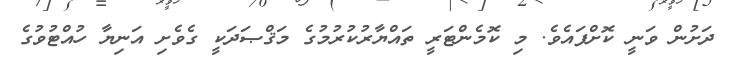
ދަށުން ވަނީ ކޮށްފައެވެ. މި ކޮމެންޓަރީ ތައްޔާރުކުރުމުގެ މަޤްޞަދަކީ ގެވެށި އަނިޔާ ހުއްޓުވުގެ